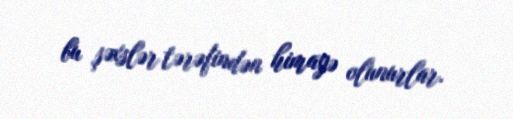
bu şəxslər tərəfindən himayə olunurlar.